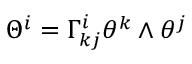
\Theta ^ { i } = \Gamma _ { k j } ^ { i } \theta ^ { k } \wedge \theta ^ { j }